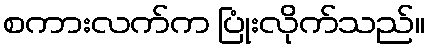
စကားလက်က ပြုံးလိုက်သည်။